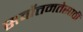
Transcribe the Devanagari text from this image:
सर्वोत्तमतेसाठी